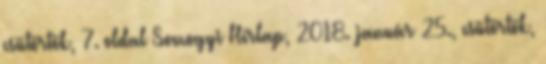
csütörtök, 7. oldal Somogyi Hírlap, 2018. január 25., csütörtök,